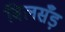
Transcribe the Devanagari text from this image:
बिलसँड़